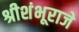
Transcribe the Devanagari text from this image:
श्रीशंभूराजे